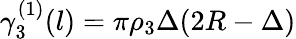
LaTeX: \gamma_{3}^{(1)}(l)=\pi{\rho_{3}}\Delta(2R-\Delta)